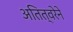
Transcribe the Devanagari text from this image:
अतित्वरेने